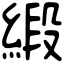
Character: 緞